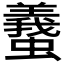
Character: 𧕶